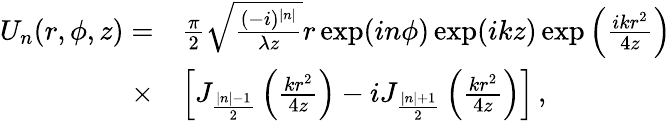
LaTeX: \begin{array}{rl}{U_{n}(r,\phi,z)=}&{\frac{\pi}{2}\sqrt{\frac{(-i)^{|n|}}{\lambda z}}r\exp(in\phi)\exp(ikz)\exp\left(\frac{ikr^{2}}{4z}\right)}\\ {\times}&{\left[J_{\frac{|n|-1}{2}}\left(\frac{kr^{2}}{4z}\right)-iJ_{\frac{|n|+1}{2}}\left(\frac{kr^{2}}{4z}\right)\right]\, ,}\end{array}